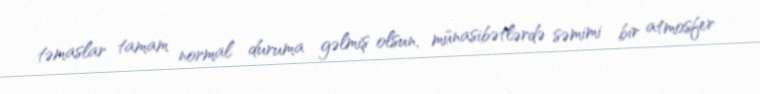
təmaslar tamam normal duruma gəlmiş olsun, münasibətlərdə səmimi bir atmosfer